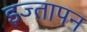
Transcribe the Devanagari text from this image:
इज्तापन